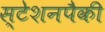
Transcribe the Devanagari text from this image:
स्टेशनपैकी